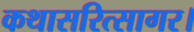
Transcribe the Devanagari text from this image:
कथासरित्सागर।